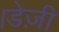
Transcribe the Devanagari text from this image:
।डेज़ी